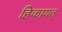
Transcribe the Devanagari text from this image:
हिकायत्‌